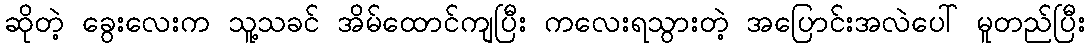
ဆိုတဲ့ ခွေးလေးက သူ့သခင် အိမ်ထောင်ကျပြီး ကလေးရသွားတဲ့ အပြောင်းအလဲပေါ် မူတည်ပြီး